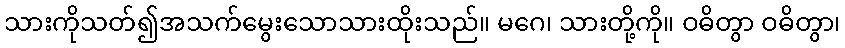
သားကိုသတ်၍အသက်မွေးသောသားထိုးသည်။ မဂေ၊ သားတို့ကို။ ဝဓိတွာ ဝဓိတွာ၊